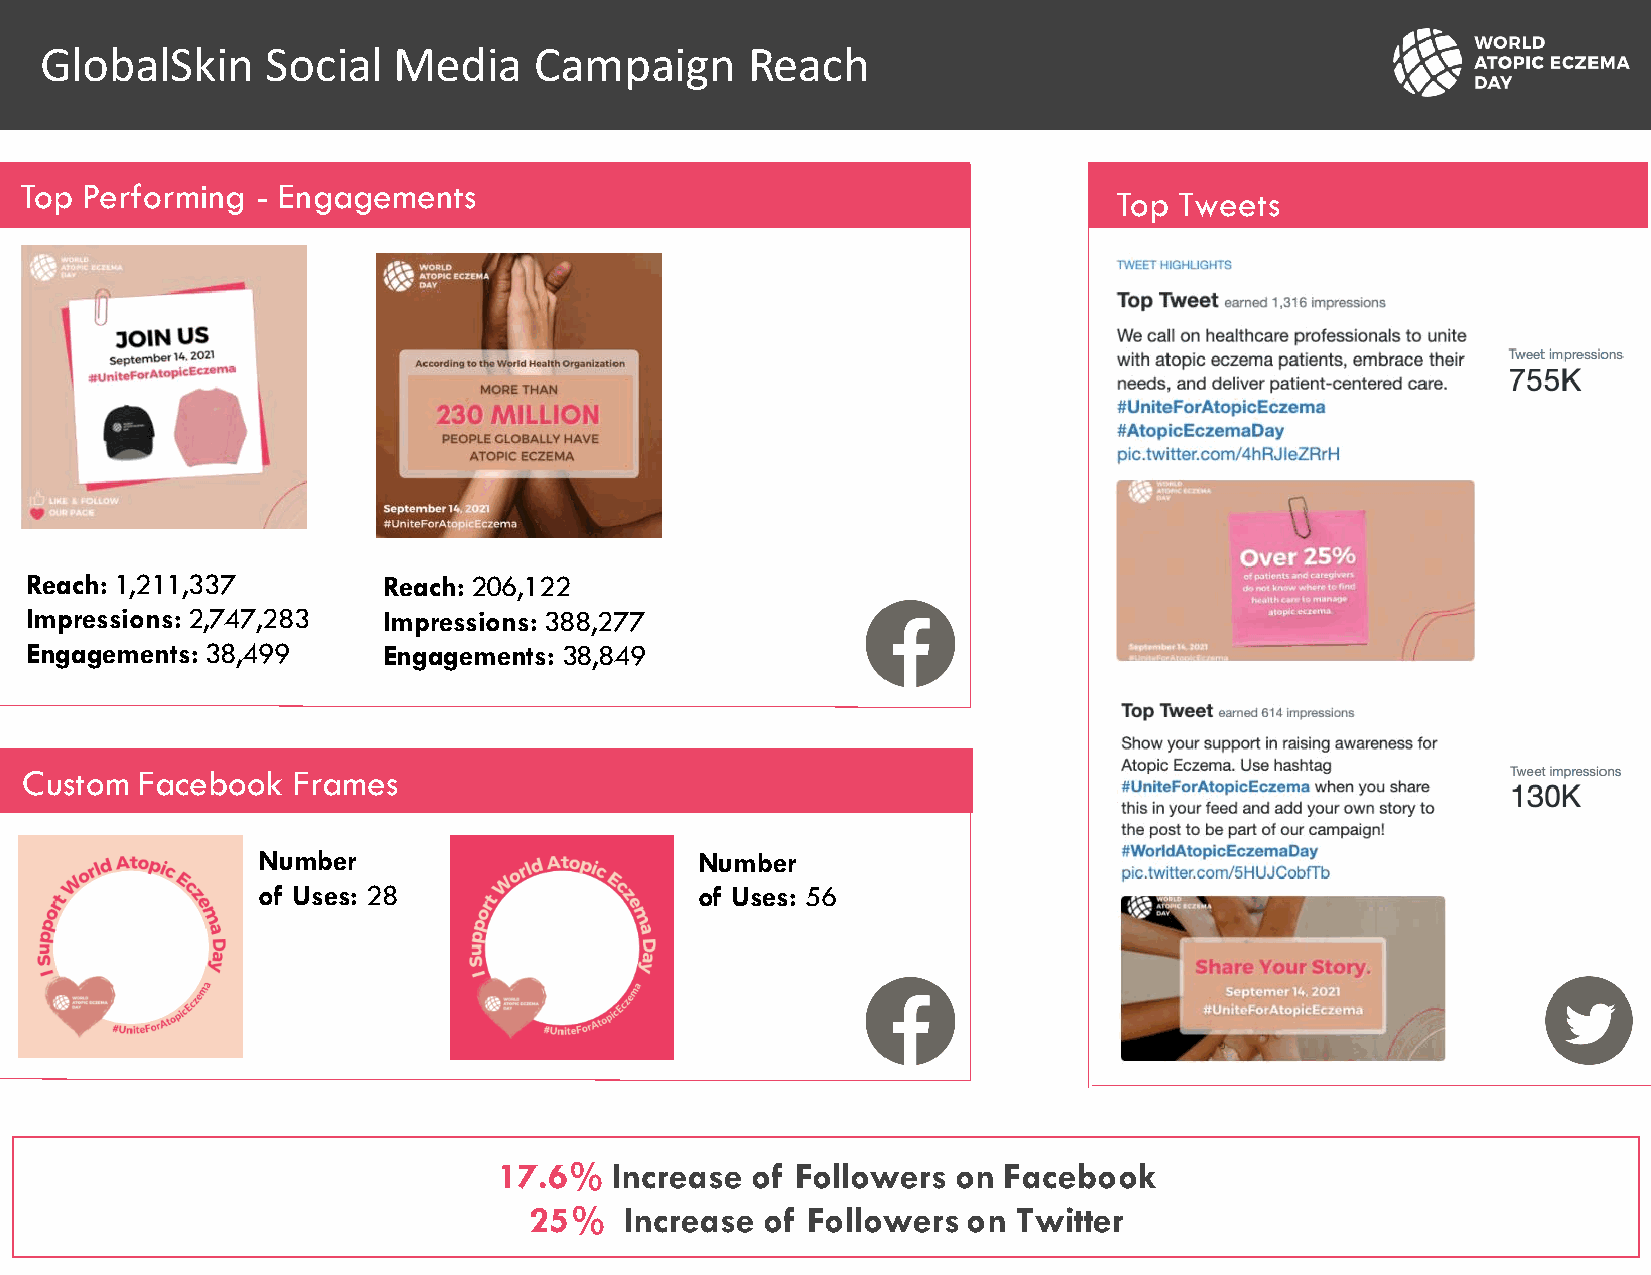
GlobalSkin     Social  Media    Campaign      Reach
 Top Performing  - Engagements
 Top Tweets
 Reach:1,211,337        Reach: 206,122
 Impressions:2,747,283  Impressions: 388,277
 Engagements:38,499     Engagements: 38,849
 Custom  Facebook  Frames
 Number                       Number
 of Uses: 28                  of Uses: 56
 17.6%  Increase  of Followers on Facebook
 25%   Increase  of Followers on Twitter